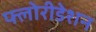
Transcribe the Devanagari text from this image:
फ्लोरीडेशन